Annual report of the Central Committee of the Association together with the report of the directors of the Pasteur Institute at Kasauli
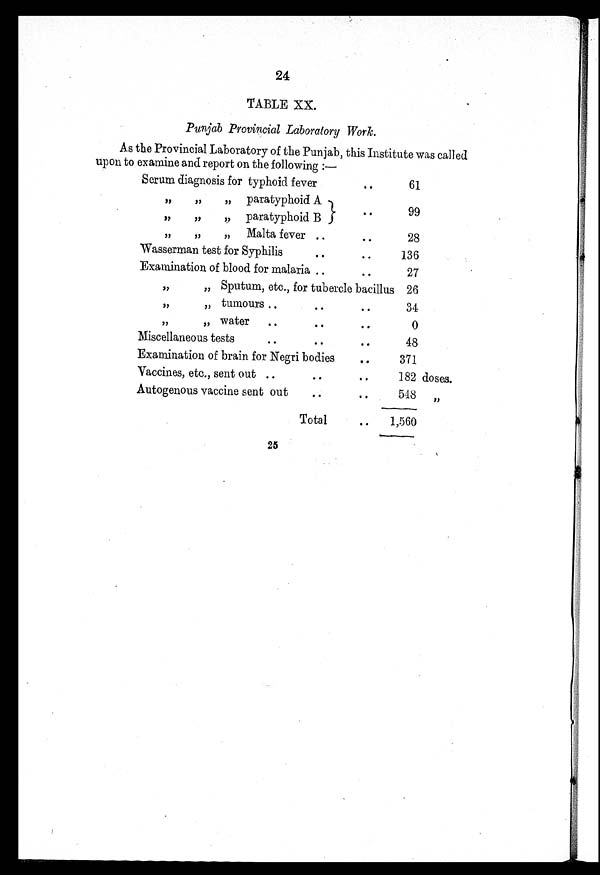
24
TABLE XX.
Punjab Provincial Laboratory -Work.
As the Provincial Laboratory of the Punjab, this Institute was called
upon to examine and report on the following :—
Serum diagnosis for typhoid fever
61
,, „ ,, paratyphoid A
99
,, „ „
paratyphoid B
,, „ „ Malta fever
28
Wasserman test for Syphilis
136
Examination of blood for malaria
27
,, ,,
Sputum, etc., for tubercle bacillus 26
, , , , t u m o u r s
34
,,
„
water
0
Miscellaneous tests
48
Examination of brain for Negri bodies
371
Vaccines, etc., sent out
182 doses.
Autogenous vaccine sent out
548 ,,
Total
1,560
25